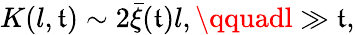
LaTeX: K(l,\mathfrak{t})\sim2\bar{{\xi}}(\mathfrak{t})l,\qquadl\gg\mathfrak{t},